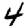
Digit: 4